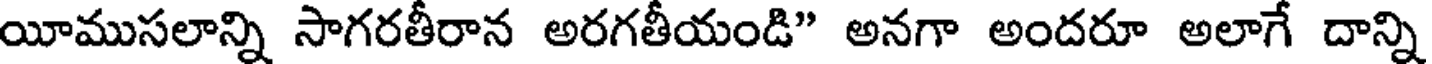
యీముసలాన్ని సాగరతీరాన అరగతీయండి" అనగా అందరూ అలాగే దాన్ని